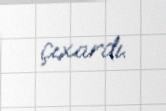
çıxardı.